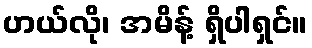
ဟယ်လို၊ အမိန့် ရှိပါရှင်။